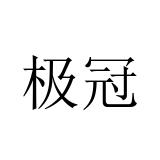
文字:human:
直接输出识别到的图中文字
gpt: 极冠